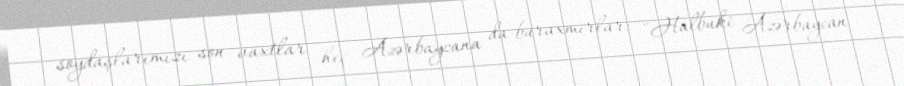
soydaşlarımızı son vaxtlar heç Azərbaycana da buraxmırlar: "Halbuki Azərbaycan